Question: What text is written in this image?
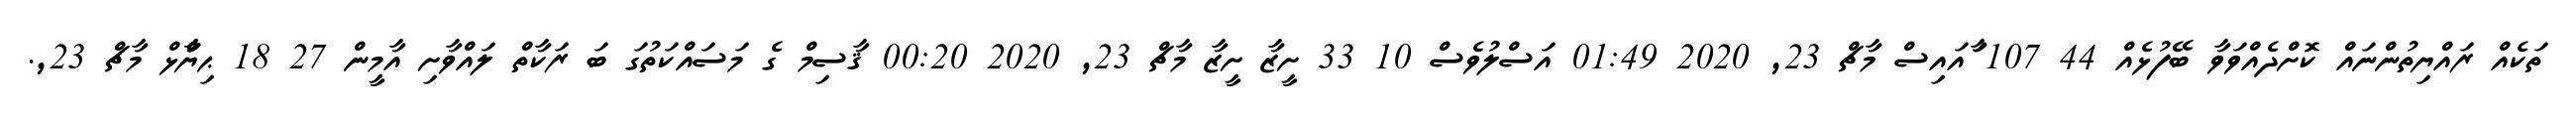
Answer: ތަކެއް ރައްޔިތުންނައް ކޮށްދެއްވަވާ ބޭފުޅެއް 44 107 ާައައިސް މާޗް 23, 2020 01:49 އަސްލުވެސް 10 33 ށީޒާ ށީޒާ މާޗް 23, 2020 00:20 ޤާސިމް ގެ މަސައްކަތުގަ ބަ ރަކާތް ލައްވާށި އާމީން 27 18 ޙިޔާާްްޅް މާޗް 23,.